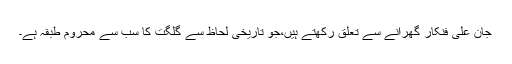
جان علی فنکار گھرانے سے تعلق رکھتے ہیں،جو تاریخی لحاظ سے گلگت کا سب سے محروم طبقہ ہے۔